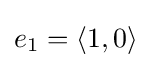
e_{1}=\langle 1,0\rangle